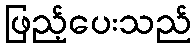
ဖြည့်ပေးသည်